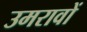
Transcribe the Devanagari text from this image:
उमरावों